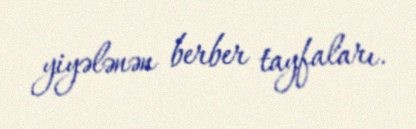
yiyələnən berber tayfaları.